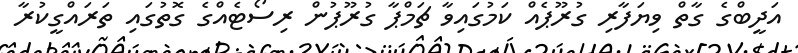
އަދީބްގެ ގާތް ވިޔަފާރި ގުރޫޕެއް ކަމުގައިވާ ޗަމްޕާ ގުރޫޕުން ރިސޯޓެއްގެ ގޮތުގައި ތަަރައްގީކުރާ